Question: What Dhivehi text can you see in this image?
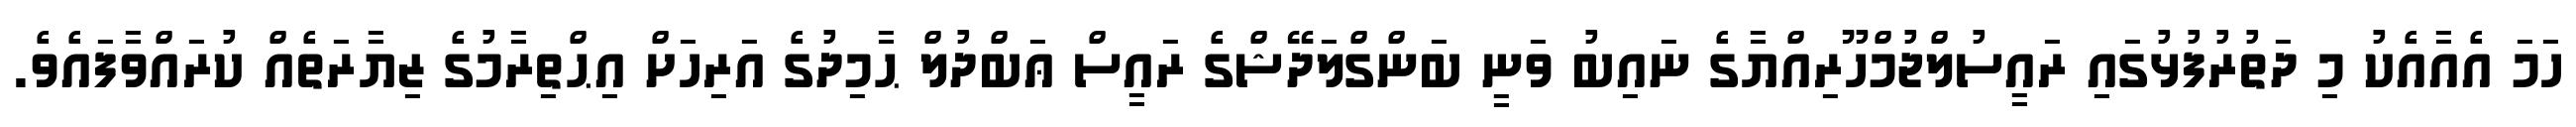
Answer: ހަމަ އެއާއެކު މި ދަތުރުފުޅުގައި ރައީސުލްޖުމްހޫރިއްޔާގެ ނައިބު ވަނީ ބަންގްލަދޭޝްގެ ރައީސް ޢަބްދުލް ޙާމިދުގެ އަރިހަށް އިޙްތިރާމުގެ ޒިޔާރަތެއް ކުރައްވާފައެވެ.